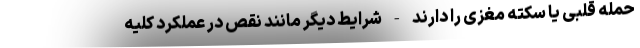
حمله قلبی یا سکته مغزی را دارند - شرایط دیگر مانند نقص در عملکرد کلیه